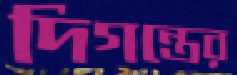
দিগন্তের